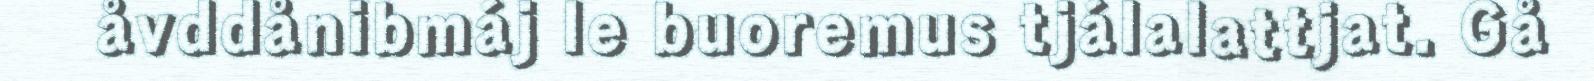
åvddånibmáj le buoremus tjálalattjat. Gå